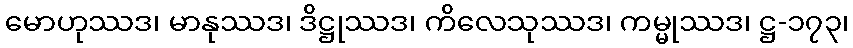
မောဟုဿဒ၊ မာနုဿဒ၊ ဒိဋ္ဌုဿဒ၊ ကိလေသုဿဒ၊ ကမ္မုဿဒ၊ ဋ္ဌ-၁၇၃၊